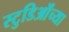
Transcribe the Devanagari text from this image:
स्टुडिऒंच्या